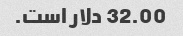
32.00 دلار است.